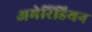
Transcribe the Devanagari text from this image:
अमेरिंडियन